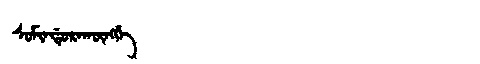
Manchu: ᠰᠣᠮᡳᠨᡩᡠᡵᠠᡴᡡᠩᡤᡝ
Romanization: SOMINDURAKŪNGGE